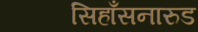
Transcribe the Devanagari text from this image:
सिहाँसनारुड